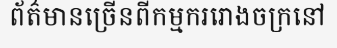
ព័ត៌មានច្រើនពីកម្មកររោងចក្រនៅ